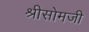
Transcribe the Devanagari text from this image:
श्रीसोमजी